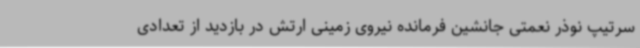
سرتیپ نوذر نعمتی جانشین فرمانده نیروی زمینی ارتش در بازدید از تعدادی